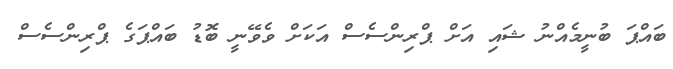
ބައްޕަ ބުނީމެއްނު ޝައި އަށް ޕްރިންސެސް އަކަށް ވެވޭނީ ބޮޑު ބައްޕަގެ ޕްރިންސެސް